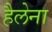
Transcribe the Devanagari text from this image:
हैलेना